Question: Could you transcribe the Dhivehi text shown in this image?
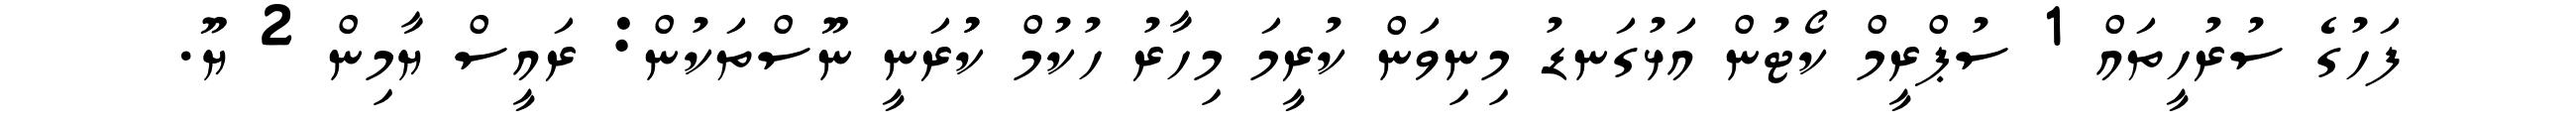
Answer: ފަހުގެ ސުރުހީތައް 1 ސުޕްރީމް ކޯޓުން އަޅުގަނޑު މިނިވަން ކުރީމަ މިހާރު ހުކުމް ކުުރަނީ ނޫސްތަކުން: ރައީސް ޔާމިން 2 ޔޫ.